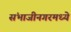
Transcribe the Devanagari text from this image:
संभाजीनगरमध्ये